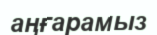
аңғарамыз